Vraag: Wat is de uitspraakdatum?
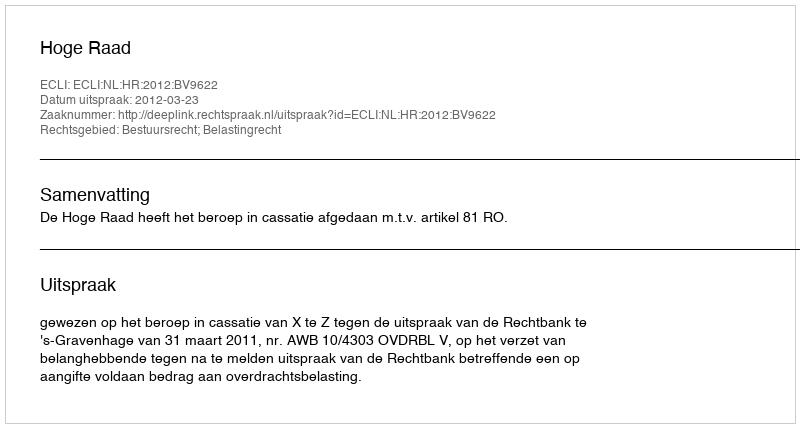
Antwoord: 2012-03-23